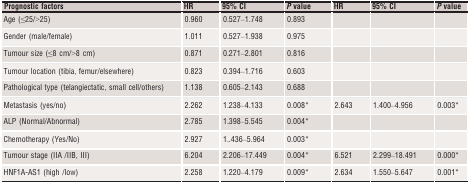
| Prognostic factors | HR | 95% CI | P value | HR | 95% CI | P value |
 | --- | --- | --- | --- | --- | --- | --- |
 | Age (≤25/>25) | 0.960 | 0.527–1.748 | 0.893 |  |  |  |
 | Gender (male/female) | 1.011 | 0.527–1.938 | 0.975 |  |  |  |
 | Tumour size (≤8 cm/>8 cm) | 0.871 | 0.271–2.801 | 0.816 |  |  |  |
 | Tumour location (tibia, femur/elsewhere) | 0.823 | 0.394–1.716 | 0.603 |  |  |  |
 | Pathological type (telangiectatic, small cell/others) | 1.138 | 0.605–2.143 | 0.688 |  |  |  |
 | Metastasis (yes/no) | 2.262 | 1.238–4.133 | 0.008a | 2.643 | 1.400–4.956 | 0.003a |
 | ALP (Normal/Abnormal) | 2.785 | 1.398–5.545 | 0.004a |  |  |  |
 | Chemotherapy (Yes/No) | 2.927 | 1..436–5.964 | 0.003a |  |  |  |
 | Tumour stage (IIA /IIB, III) | 6.204 | 2.206–17.449 | 0.004a | 6.521 | 2.299–18.491 | 0.000a |
 | HNF1A‐AS1 (high /low) | 2.258 | 1.220–4.179 | 0.009a | 2.634 | 1.550–5.647 | 0.001a |